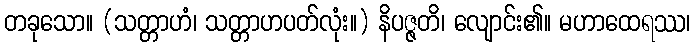
တခုသော။ (သတ္တာဟံ၊ သတ္တာဟပတ်လုံး။) နိပဇ္ဇတိ၊ လျောင်း၏။ မဟာထေရဿ၊